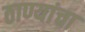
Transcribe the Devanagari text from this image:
ठाण्यांचा